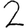
Digit: 2